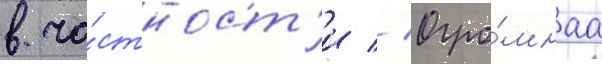
в ча́стност'и // Огро́мнаа